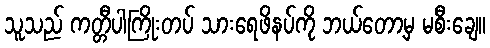
သူသည် ကတ္တီပါကြိုးတပ် သားရေဖိနပ်ကို ဘယ်တော့မှ မစီးချေ။